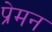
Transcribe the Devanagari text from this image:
प्रेमन